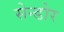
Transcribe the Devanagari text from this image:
सेन्डोर